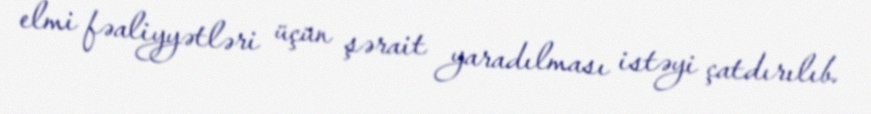
elmi fəaliyyətləri üçün şərait yaradılması istəyi çatdırılıb.